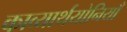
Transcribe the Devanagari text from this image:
काव्यार्थयोनियाँ